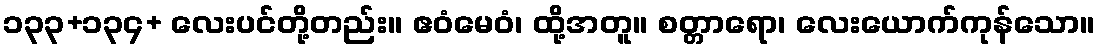
၁၃၃+၁၃၄+ လေးပင်တို့တည်း။ ဧဝံမေဝံ၊ ထို့အတူ။ စတ္တာရော၊ လေးယောက်ကုန်သော။